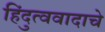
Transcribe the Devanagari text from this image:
हिंदुत्ववादाचे